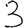
Digit: 3